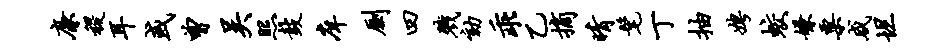
廉稷耳或曾吴照鼓庠劂四戮劾乖乙摘晴髦丁抽娉蛟嫌粟咸坦